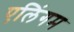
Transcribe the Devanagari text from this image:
एलिंगम